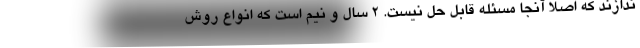
ندازند که اصلا آنجا مسئله قابل حل نیست. ۲ سال و نیم است که انواع روش